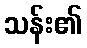
သန်း၏